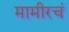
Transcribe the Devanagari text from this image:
मामीरचं